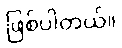
ဖြစ်ပါတယ်။